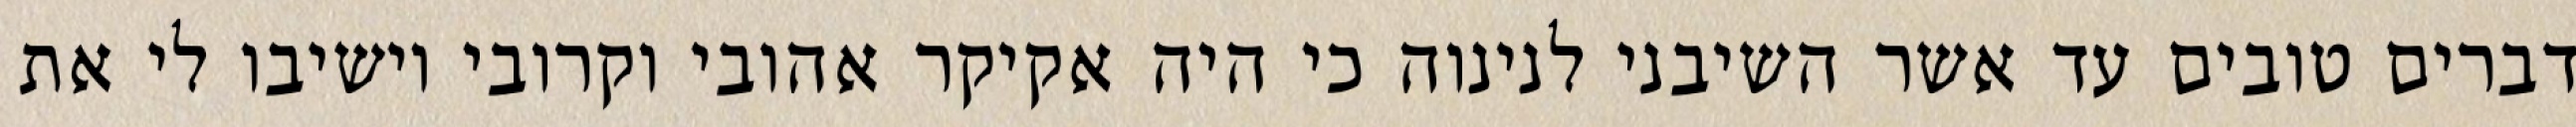
דברים טובים עד אשר השיבני לנינוה כי היה אקיקר אהובי וקרובי וישיבו לי את